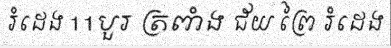
រំដេង 11បួរ ត្រពាំង ជ័យ ព្រៃ រំដេង